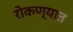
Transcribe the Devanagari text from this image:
रोकण्यात